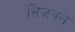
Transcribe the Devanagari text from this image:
सिज़नल